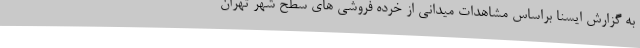
به گزارش ایسنا براساس مشاهدات میدانی از خرده فروشی های سطح شهر تهران